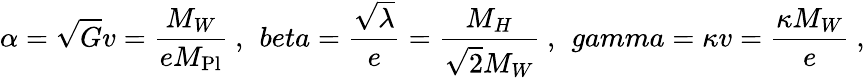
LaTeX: \alpha=\sqrt{G}v=\frac{M_{W}}{eM_{\mathrm{Pl}}}\ ,\ \, beta=\frac{\sqrt{\lambda}}{e}=\frac{M_{H}}{\sqrt{2}M_{W}}\ ,\ \, gamma=\kappa v=\frac{\kappa M_{W}}{e}\ ,